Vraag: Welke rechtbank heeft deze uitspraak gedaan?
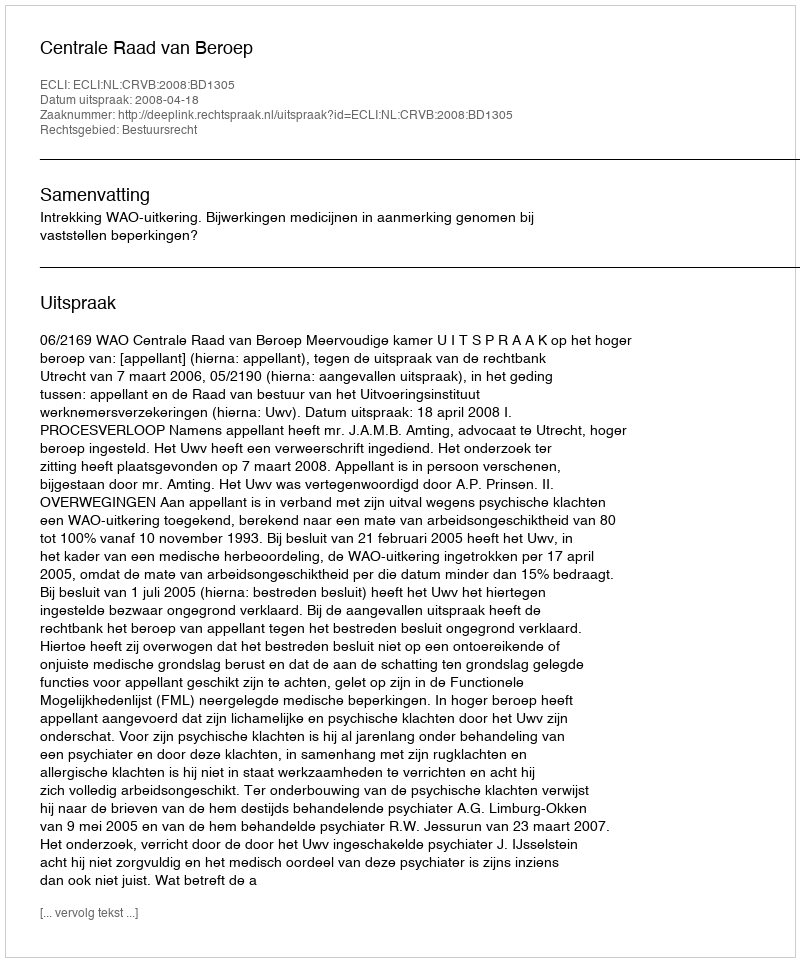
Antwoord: Centrale Raad van Beroep